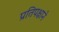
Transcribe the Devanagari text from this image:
प्रतिपक्षाने